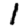
Digit: 1